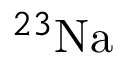
^ { 2 3 } \mathrm { { N a } }